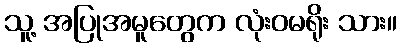
သူ့ အပြုအမူတွေက လုံးဝမရိုး သား။